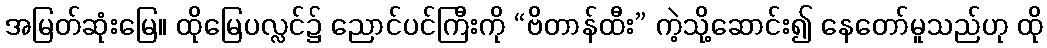
အမြတ်ဆုံးမြေ။ ထိုမြေပလ္လင်၌ ညောင်ပင်ကြီးကို “ဗိတာန်ထီး” ကဲ့သို့ဆောင်း၍ နေတော်မူသည်ဟု ထို